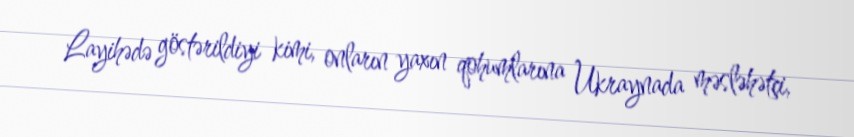
Layihədə göstərildiyi kimi, onların yaxın qohumlarına Ukraynada məsləhətçi,